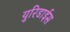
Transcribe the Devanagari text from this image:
युरिडाईस